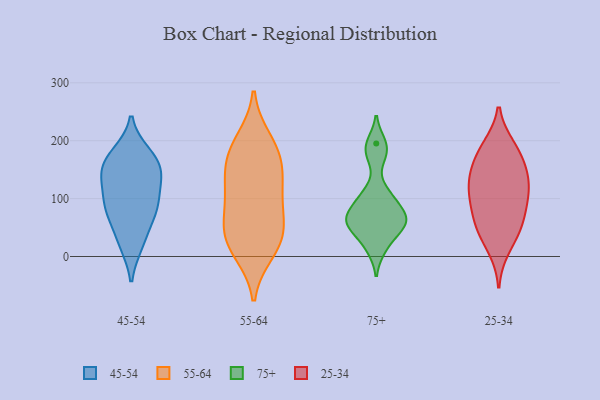
{"axis": {"x": "Churn Rate (%)", "y": "Value"}, "legend": ["25-34", "45-54", "55-64", "75+"], "data": [{"x": "", "y": 149, "type": "45-54"}, {"x": "", "y": 78, "type": "45-54"}, {"x": "", "y": 167, "type": "45-54"}, {"x": "", "y": 24, "type": "45-54"}, {"x": "", "y": 135, "type": "45-54"}, {"x": "", "y": 177, "type": "45-54"}, {"x": "", "y": 86, "type": "45-54"}, {"x": "", "y": 136, "type": "45-54"}, {"x": "", "y": 95, "type": "45-54"}, {"x": "", "y": 173, "type": "45-54"}, {"x": "", "y": 22, "type": "45-54"}, {"x": "", "y": 92, "type": "45-54"}, {"x": "", "y": 65, "type": "45-54"}, {"x": "", "y": 141, "type": "45-54"}, {"x": "", "y": 181, "type": "55-64"}, {"x": "", "y": 173, "type": "55-64"}, {"x": "", "y": 154, "type": "55-64"}, {"x": "", "y": 95, "type": "55-64"}, {"x": "", "y": 61, "type": "55-64"}, {"x": "", "y": 43, "type": "55-64"}, {"x": "", "y": 128, "type": "55-64"}, {"x": "", "y": 10, "type": "55-64"}, {"x": "", "y": 199, "type": "55-64"}, {"x": "", "y": 32, "type": "55-64"}, {"x": "", "y": 110, "type": "55-64"}, {"x": "", "y": 24, "type": "55-64"}, {"x": "", "y": 106, "type": "75+"}, {"x": "", "y": 176, "type": "75+"}, {"x": "", "y": 41, "type": "75+"}, {"x": "", "y": 195, "type": "75+"}, {"x": "", "y": 65, "type": "75+"}, {"x": "", "y": 14, "type": "75+"}, {"x": "", "y": 62, "type": "75+"}, {"x": "", "y": 58, "type": "75+"}, {"x": "", "y": 99, "type": "75+"}, {"x": "", "y": 70, "type": "75+"}, {"x": "", "y": 142, "type": "25-34"}, {"x": "", "y": 82, "type": "25-34"}, {"x": "", "y": 189, "type": "25-34"}, {"x": "", "y": 113, "type": "25-34"}, {"x": "", "y": 55, "type": "25-34"}, {"x": "", "y": 51, "type": "25-34"}, {"x": "", "y": 174, "type": "25-34"}, {"x": "", "y": 104, "type": "25-34"}, {"x": "", "y": 15, "type": "25-34"}, {"x": "", "y": 184, "type": "25-34"}, {"x": "", "y": 47, "type": "25-34"}, {"x": "", "y": 136, "type": "25-34"}, {"x": "", "y": 141, "type": "25-34"}, {"x": "", "y": 102, "type": "25-34"}]}